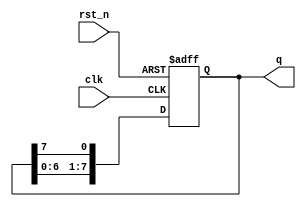
module shifter(q, clk, rst_n);

output [7:0] q;
input clk;
input rst_n;
reg [7:0] q;

always @(posedge clk or negedge rst_n)
begin
    if (~rst_n)
        q <= 8'b01010101;
    else begin
        q[0] <= q[7];
        q[1] <= q[0];
        q[2] <= q[1];
        q[3] <= q[2];
        q[4] <= q[3];
        q[5] <= q[4];
        q[6] <= q[5];
        q[7] <= q[6];
    end
end
endmodule